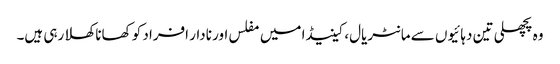
وہ پچھلی تین دہائیوں سے مانٹریال، کینیڈا میں مفلس اور نادار افراد کو کھانا کھلا رہی ہیں۔